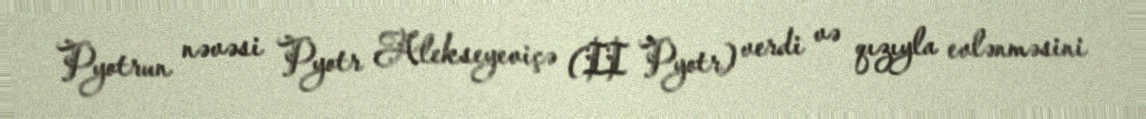
Pyotrun nəvəsi Pyotr Alekseyeviçə (II Pyotr) verdi və qızıyla evlənməsini